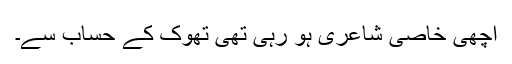
اچھی خاصی شاعری ہو رہی تھی تھوک کے حساب سے۔